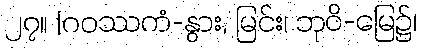
၂၇။ [ဂဝဿကံ-နွား, မြင်း၊ ဘုဝိ-မြေ၌၊